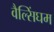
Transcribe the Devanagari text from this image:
वैल्सिंघम